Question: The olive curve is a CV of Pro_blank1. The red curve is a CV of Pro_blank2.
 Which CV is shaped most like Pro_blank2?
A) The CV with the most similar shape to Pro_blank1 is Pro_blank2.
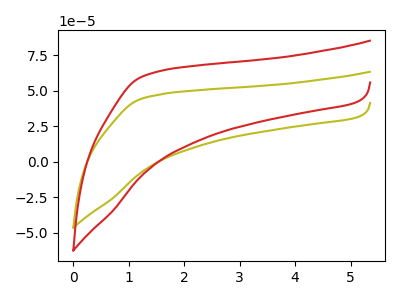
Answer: <think>The olive curve "Pro_blank1" has no peaks. The red curve "Pro_blank2" has no peaks.
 Neither "Pro_blank1" or "Pro_blank2" have any peaks.</think>
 <answer>A) The CV with the most similar shape to "Pro_blank1" is "Pro_blank2".</answer>
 <eval>A</eval>